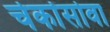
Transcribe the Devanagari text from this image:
चेर्कासोवा